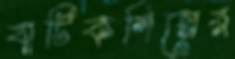
বাটিকশিল্পের